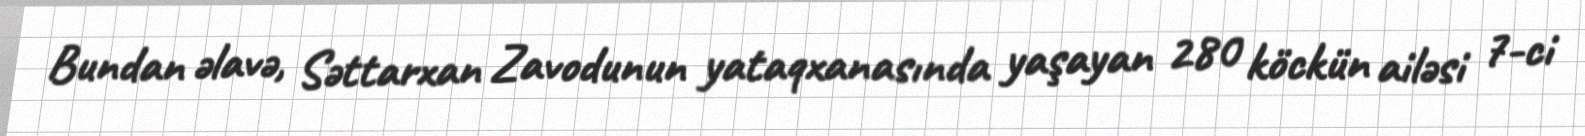
Bundan əlavə, Səttarxan Zavodunun yataqxanasında yaşayan 280 köckün ailəsi 7-ci